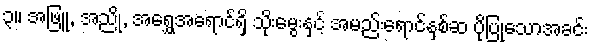
၃။ အဖြူ, အညို, အရွှေအရောင်ရှိ သိုးမွေးနှင့် အမည်းရောင်နှစ်ဆ ပိုပြုသောအခင်း